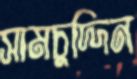
সামচুদ্দিন